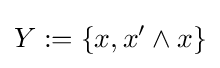
Y:=\{x,x'\wedge x\}